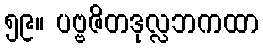
၅၉။ ပဗ္ဗဇိတဒုလ္လဘကထာ